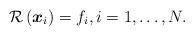
LaTeX: \begin{align*}{\cal R}\left( \boldsymbol{x}_i\right)=f_i, i=1, \ldots, N.\end{align*}